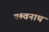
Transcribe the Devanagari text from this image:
पश्र्वनाथ